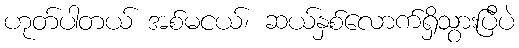
ဟုတ်ပါတယ် အစ်မငယ်၊ ဆယ်နှစ်လောက်ရှိသွားပြီပဲ